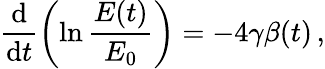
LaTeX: \frac{\textrm{d}}{\textrm{d}t}\left(\ln\frac{E(t)}{E_{0}}\right)=-4\gamma\beta(t)\, ,